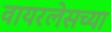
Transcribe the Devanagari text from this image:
वायरलेसच्या